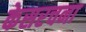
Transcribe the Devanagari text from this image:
केसरचना